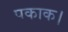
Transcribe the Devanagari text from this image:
पकाक।